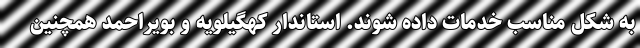
به شکل مناسب خدمات داده شوند. استاندار کهگیلویه و بویراحمد همچنین